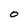
Character: O